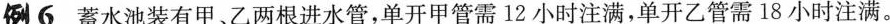
例6 蓄水池装有甲、乙两根进水管，单开甲管需12小时注满，单开乙管需18小时注满。